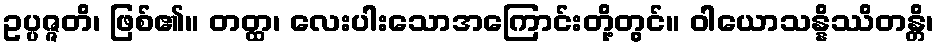
ဥပ္ပဇ္ဇတိ၊ ဖြစ်၏။ တတ္ထ၊ လေးပါးသောအကြောင်းတို့တွင်။ ဝါယောသန္နိဿိတန္တိ၊